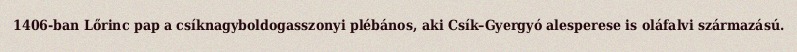
1406-ban Lőrinc pap a csíknagyboldogasszonyi plébános, aki Csík–Gyergyó alesperese is oláfalvi származású.